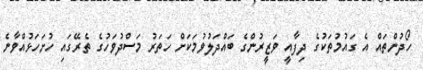
ހޯދުންތަައް އެ ގައުމުތަކުގެ ދިފާއީ ވަޒީރުންގެ ބައްދަލުވުމަކަށް ހަތަރު މަސްދުވަހުގެ ތެރޭގައި ހުށަހަޅުއްވާނެ